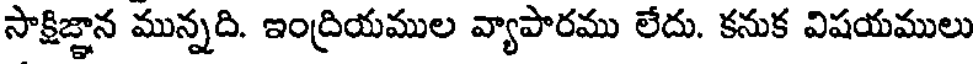
సాక్షిజ్ఞాన మున్నది. ఇంద్రియముల వ్యాపారము లేదు. కనుక విషయములు